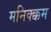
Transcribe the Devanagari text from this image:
मनिक्क्कम